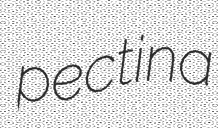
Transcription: pectina